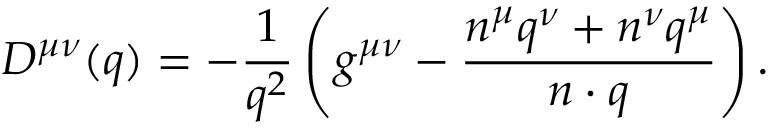
D ^ { \mu \nu } ( q ) = - \frac { 1 } { q ^ { 2 } } \left( g ^ { \mu \nu } - \frac { n ^ { \mu } q ^ { \nu } + n ^ { \nu } q ^ { \mu } } { n \cdot q } \right) .